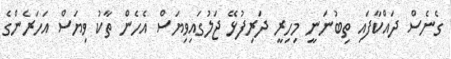
ގެނެސް ދައްކާފައި ތިބުނަނީ މިހިރީ ދަރިފުޅޭ ޖަލުގައިވިޔަސް އެހެން ތާކު ވިޔަސް އަހަރެންގެ